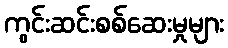
ကွင်းဆင်းစစ်ဆေးမှုများ